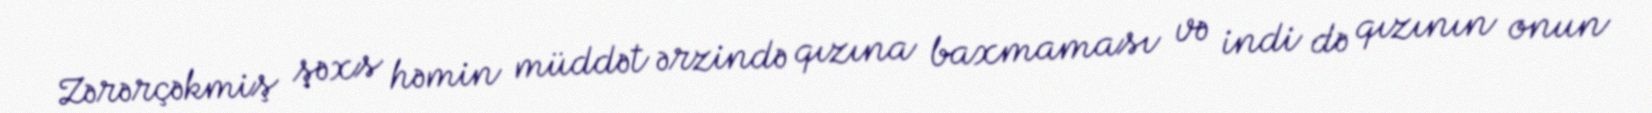
Zərərçəkmiş şəxs həmin müddət ərzində qızına baxmaması və indi də qızının onun